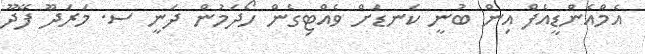
އެމްއެންޑީއެފް އިން ބުނީ ކަނޑަށް ވެއްޓިގެން ހޯދަމުން ދަނީ ސ. މަރަދޫ ފޭދޫ